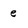
Character: e